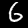
Digit: 6